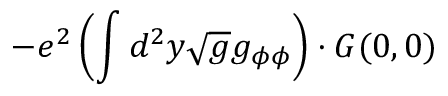
- e ^ { 2 } \left( \int d ^ { 2 } y \sqrt { g } g _ { \phi \phi } \right) \cdot G ( 0 , 0 )